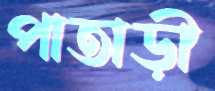
পাতাড়ী